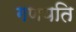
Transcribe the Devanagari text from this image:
गणयति